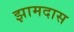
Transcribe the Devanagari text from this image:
झामदास